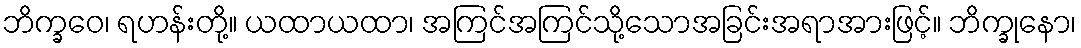
ဘိက္ခဝေ၊ ရဟန်းတို့။ ယထာယထာ၊ အကြင်အကြင်သို့သောအခြင်းအရာအားဖြင့်။ ဘိက္ခုနော၊